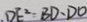
D E ^ { 2 } = B D \cdot D O